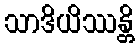
သာဒိယိဿန္တိ